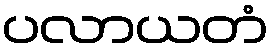
ပလာယတံ